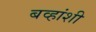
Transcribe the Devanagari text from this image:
बव्हांशी